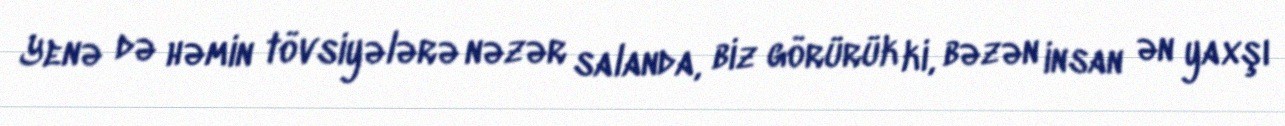
Yenə də həmin tövsiyələrə nəzər salanda, biz görürük ki, bəzən insan ən yaxşı